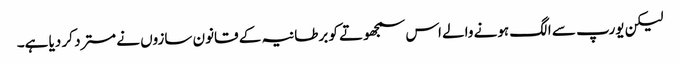
لیکن یورپ سے الگ ہونے والے اس سمجھوتے کو برطانیہ کے قانون سازوں نے مسترد کر دیا ہے۔